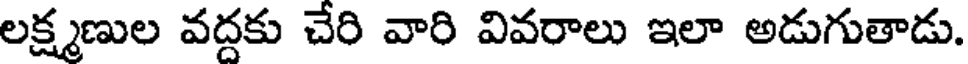
లక్ష్మణుల వద్దకు చేరి వారి వివరాలు ఇలా అడుగుతాడు.